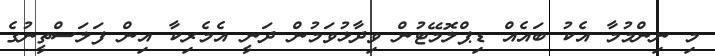
މި ނިންމުމާ އެކު ބައެއް ޑިޕްލޮމޭޓުން ވިދާޅުވަމުން ދަނީ އެމެރިކާ އިން ފަލަސްތީނުގެ